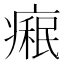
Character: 𤹋